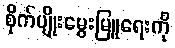
စိုက်ပျိုးမွေးမြူရေးကို